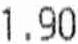
1.90